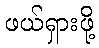
ဖယ်ရှားဖို့